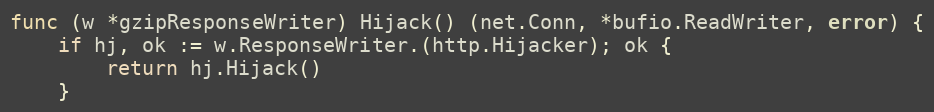
Language: Go
func (w *gzipResponseWriter) Hijack() (net.Conn, *bufio.ReadWriter, error) {
	if hj, ok := w.ResponseWriter.(http.Hijacker); ok {
		return hj.Hijack()
	}